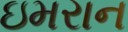
ઇમરાન